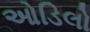
ઓડિલો